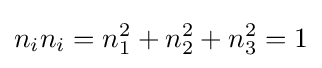
n_{i}n_{i}=n_{1}^{2}+n_{2}^{2}+n_{3}^{2}=1